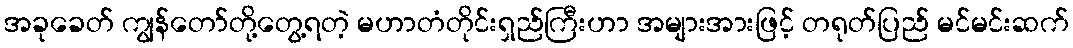
အခုခေတ် ကျွန်တော်တို့တွေ့ရတဲ့ မဟာတံတိုင်းရှည်ကြီးဟာ အများအားဖြင့် တရုတ်ပြည် မင်မင်းဆက်